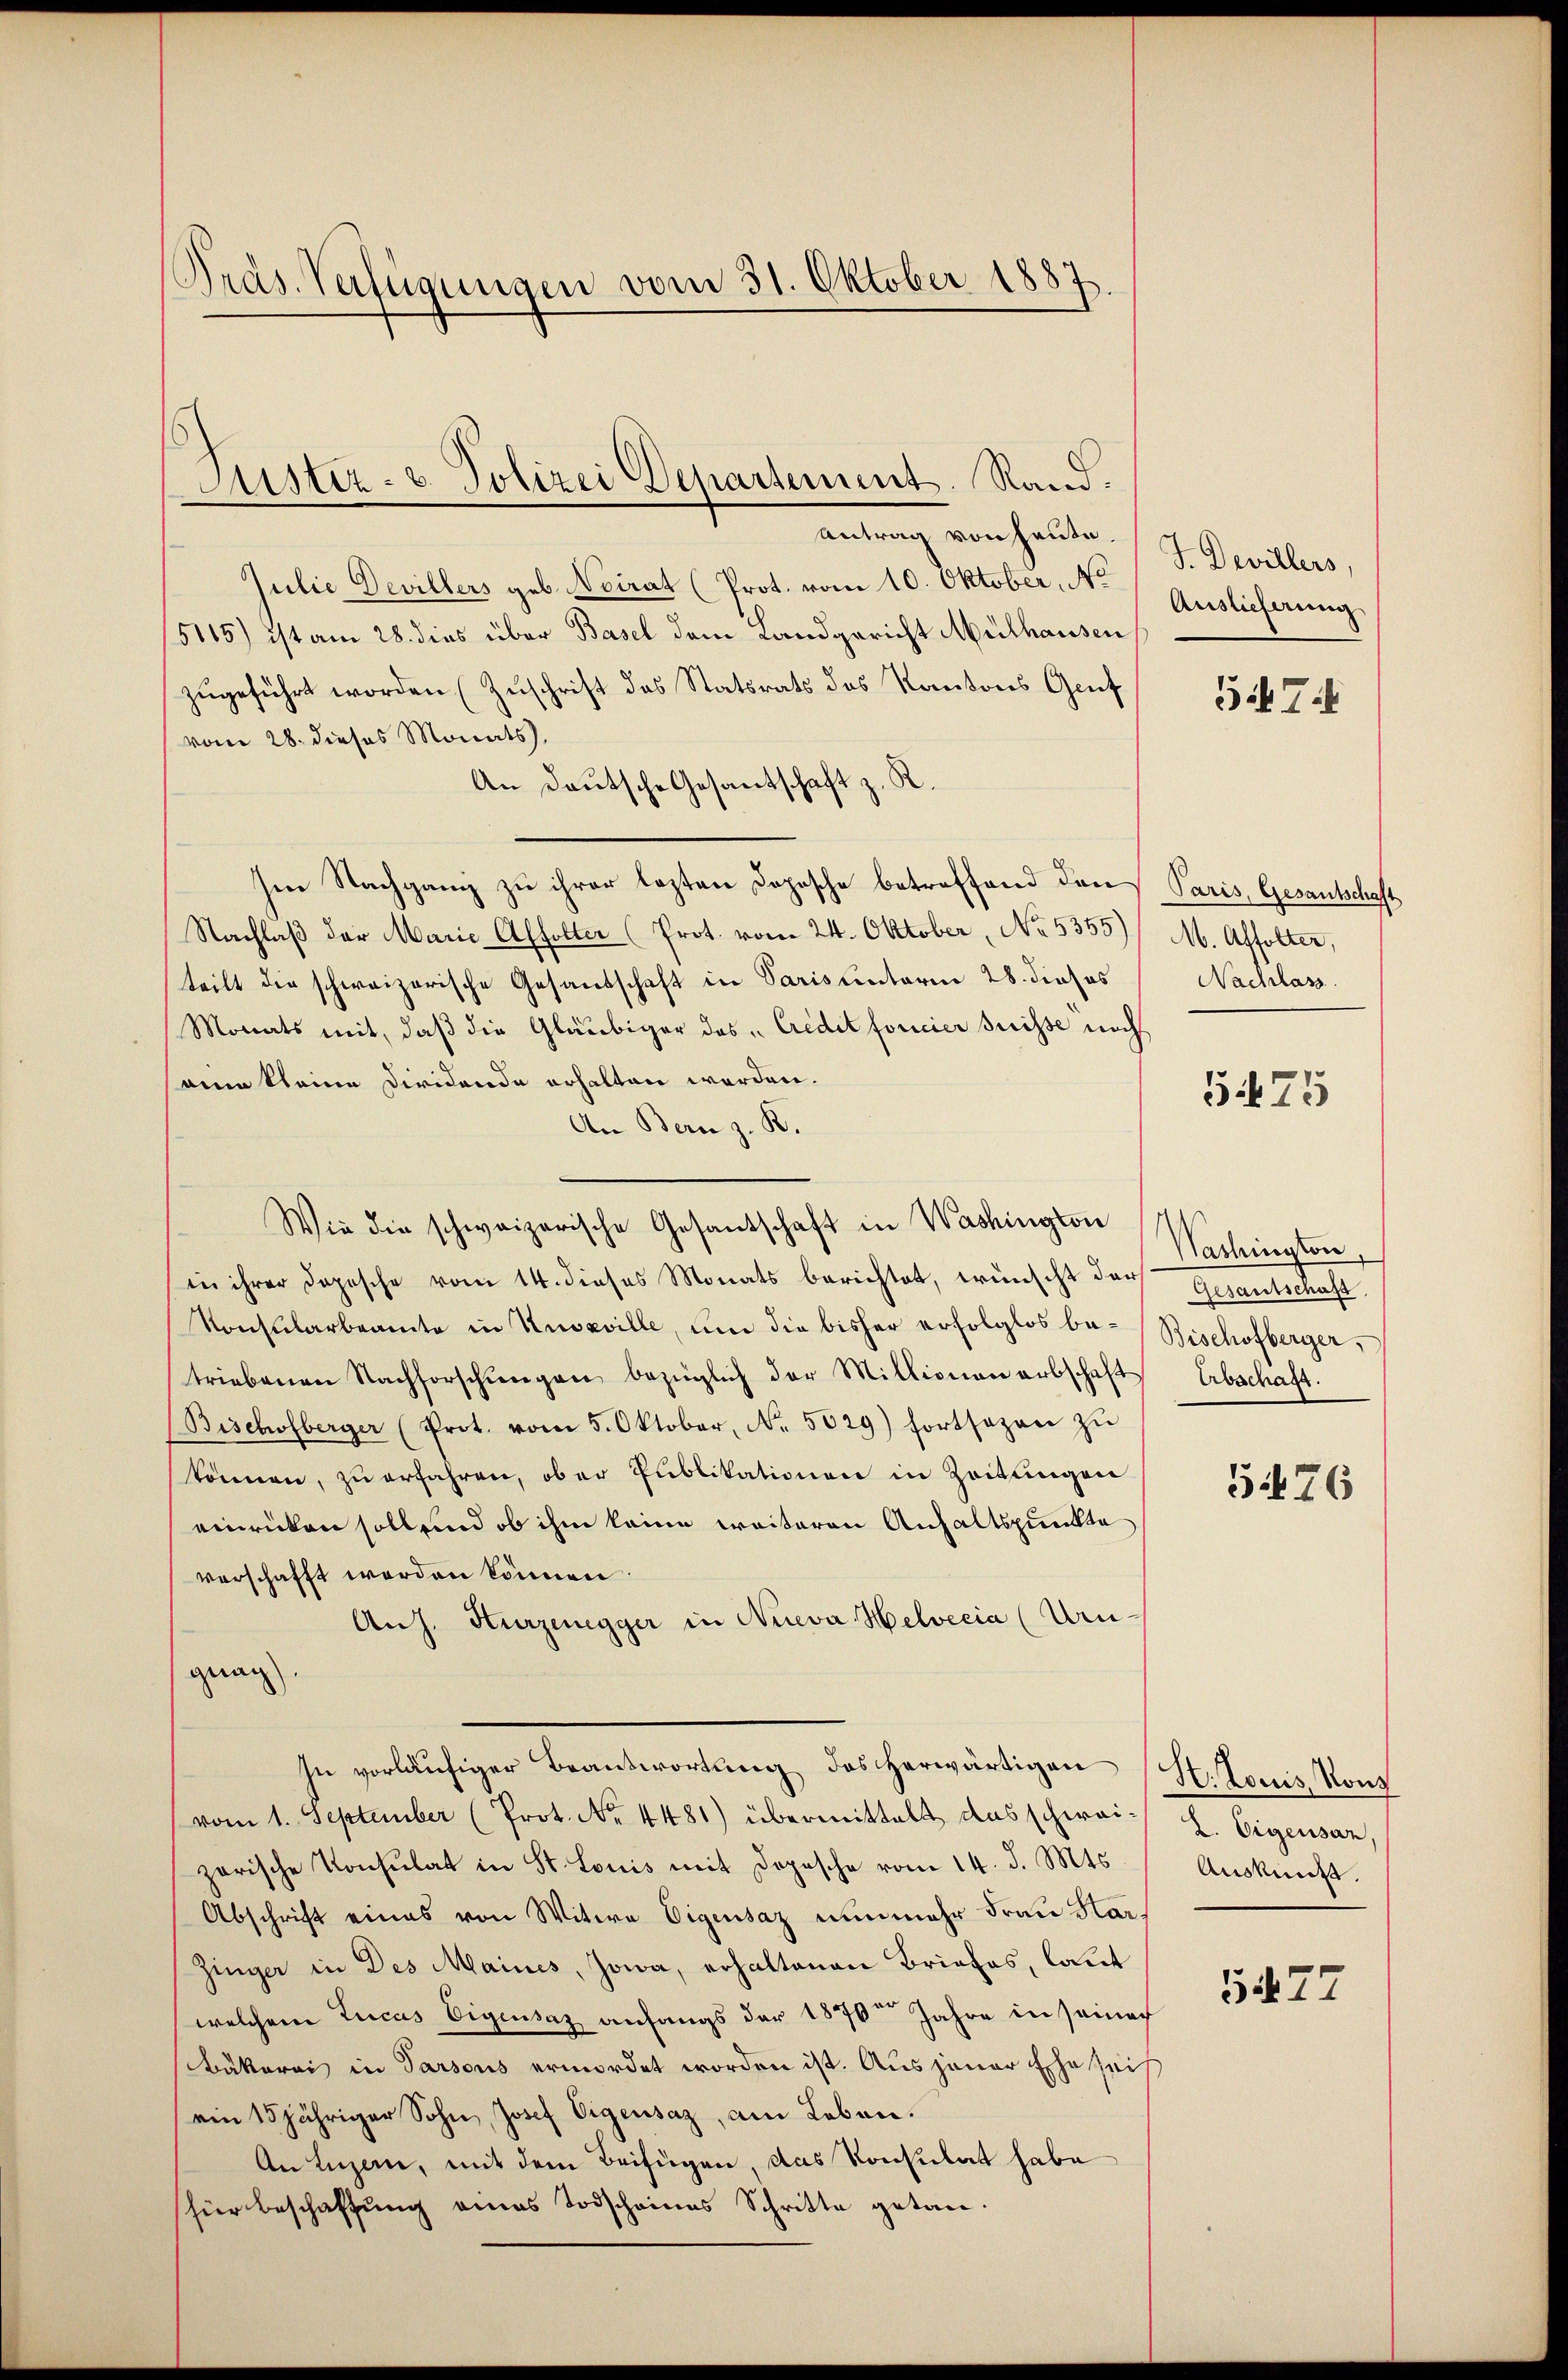
Präs. Verfügungen vom 31. Oktober 1887.

Antrag von heute.
Julie Devillers geb. Neirat (Prot. vom 10. Oktober, No
15115) ist am 28. dies über Basel dem Landgericht Mülhausen
zŭgeführt worden (Zŭschrift des Statsrats des Kantons Genf
vom 28. dieses Monats,
An Deutsche Gesantschaft z. R.
Ien Nachgang zu ihrer lezten Dopische betreffend den
Nachlaß der Marie Affolter (Prot. vom 24. Oktober, No. 5355)
teilt die schweizerische Gesandschaft in Paris unterm 28. dieses
Monats mit, daß die Gläubiger des Credit forcier suisse nach
ain kleine Diridende erhalten worden.
An Bern z. B.
Wie die schweizerische Gesantschaft in Washington
in ihrer Dopesche vom 14. dieses Monats berichtet, wünscht der Gesantschaft
Konsularbeamte in Kussville, um die bisher erfolglos betriebenen Nachforschŭngen bezüglich der Millionen abschaft Erbschaft.
Bischofberger (Prot. vom 5. Oktober, No. 5029) fortsezen zŭ
können, zu erfahren, ober Publikationen in Zeitungen
einrücken sollend ob ihm keine weiteren Anhaltspunkte
verschafft werden können.
Aus. Kurzenegger in Nieva Helvetia (Uru-
grag
In vorläŭfiger Beantwortung des herwärtigen (H. Louis, Kons
vom 1. September (Prot. No. 4481) übermittelt das schwai l. Eigensan,
zerische Konsulat in St. Louis mit Dopesche vom 14. d. Mts.
Abschrift eines von Witwe Eigensaz nunmehr Frau Kar¬
Zinger in Des Maines, Jowa, erhaltenen Briefes, laut
welchem Lucas Eigensaz anfangs der 1876 Jahre in seiner
Bäkerei in Parsous ermordet worden ist. Aus jener Ehe sei
ein 15jähriger Sohn, Josef Eigensaz, am Leben.
An Luzern, mit dem Beifügen, das Konsulat habe
für beschaffung eines Todscheines Schritte getan.

Justiz- & Polizei Departement. Rand.

J. Devillers,
Auslieferung
547.

Paris, Gesantschaft
M. Affolter,
Nachlass

5475

Nachington,
Bischofberger,

5476

Auskunft.

5477